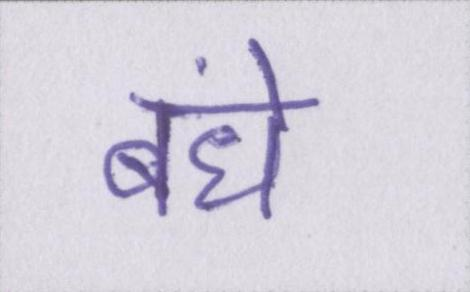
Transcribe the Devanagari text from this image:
बंधे